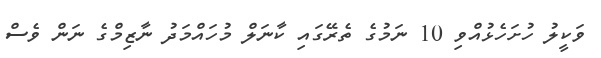
ވަކީލު ހުށަހެޅުއްވި 10 ނަމުގެ ތެރޭގައި ކާނަލް މުހައްމަދު ނާޒިމްގެ ނަން ވެސް